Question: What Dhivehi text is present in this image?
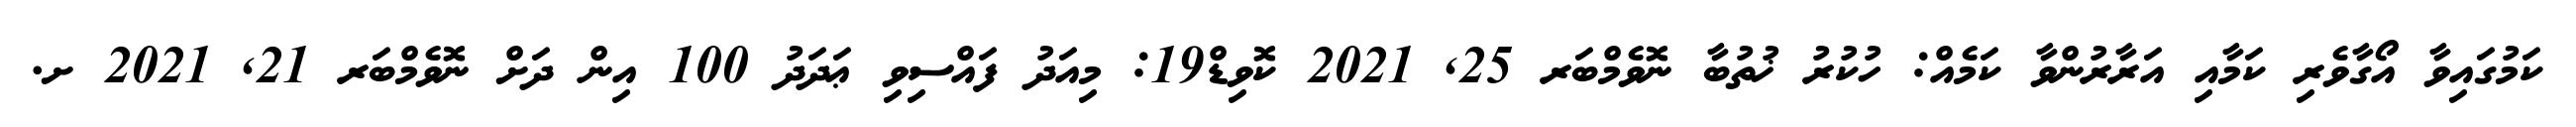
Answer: ކަމުގައިވާ އޯގާވެރި ކަމާއި އަރާރުންވާ ކަމެއް: ހުކުރު ޚުތުބާ ނޮވެމްބަރ 25, 2021 ކޮވިޑް19: މިއަދު ފައްސިވި ޢަދަދު 100 އިން ދަށް ނޮވެމްބަރ 21, 2021 ށ.